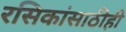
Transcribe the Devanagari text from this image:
रसिकांसाठीही